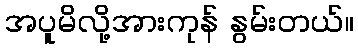
အပူမိလို့အားကုန် နွမ်းတယ်။